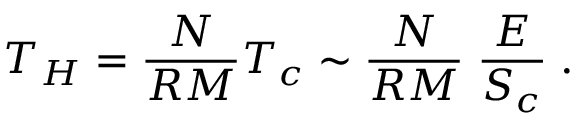
T _ { H } = \frac { N } { R M } T _ { c } \sim \frac { N } { R M } \; \frac { E } { S _ { c } } \; .